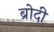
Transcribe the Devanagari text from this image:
ब्रोदी